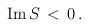
\begin{align*}\mbox{Im} \, S \, < \, 0\,.\end{align*}